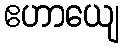
ဧဟာယျေ